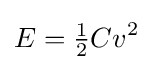
E={\tfrac {1}{2}}Cv^{2}